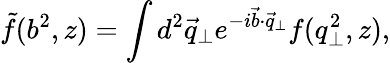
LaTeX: \tilde{f}(b^{2},z)=\int d^{2}\vec{q}_{\bot}e^{-i\vec{b}\cdot\vec{q}_{\bot}}f(q_{\bot}^{2},z),